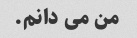
من می دانم.